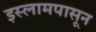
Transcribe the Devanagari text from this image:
इस्लामपासून